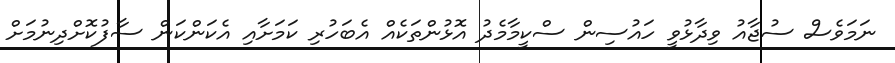
ނަމަވެސް ސުޖާއު ވިދާޅުވީ ހައުސިން ސްކީމާމެދު އޮޅުންތަކެއް އެބަހުރި ކަމަށާއި އެކަންކަން ސާފުކޮށްދިނުމަށް